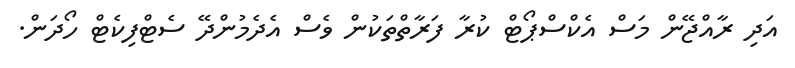
އަދި ރާއްޖޭން މަސް އެކްސްޕޯޓް ކުރާ ފަރާތްތަކުން ވެސް އެދެމުންދޭ ސެޓްފިކެޓް ހޯދަން.